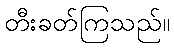
တီးခတ်ကြသည်။